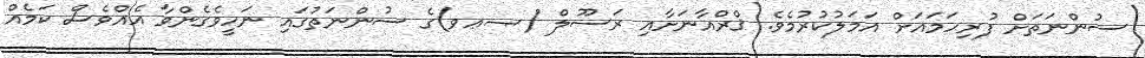
ސުންނަތަށް ފުރިހަމައަށް އަމަލުކުރުމެވެ. ޤްރްއާނަށާއި ރަސޫލް (ޞޢވ)ގެ ސުންނަތުގައި ނަހީވެގެންވާ އެއްވެސް ކަމެއް